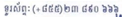
ទូរស័ព្ទ: (+៨៥៥)២៣ ៨៩០ ៦៦៦